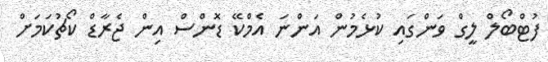
ފުޓްބޯލް ލީގް ވަންގައި ކުޅެމުން އަންނަ އެމްކޭ ޑޮންސް އިން ޖެރާޑް ކޯޗުކަމަށް